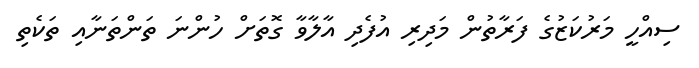
ސިއްހީ މަރުކަޒުގެ ފަރާތުން މަދިރި އުފެދި އާލާވާ ގޮތަށް ހުންނަ ތަންތަނާއި ތަކެތި